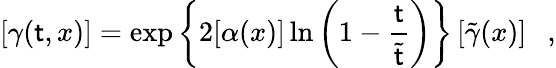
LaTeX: \left[\gamma(\mathsf{t},x)\right]=\exp\left\{ 2[\alpha(x)]\ln\left(1-\frac{{\mathsf{t}}}{{\tilde{{\mathsf{t}}}}}\right)\right\} \left[\tilde{{\gamma}}(x)\right]~~~,